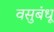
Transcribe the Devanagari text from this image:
वसुबंधू